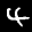
Label: 4